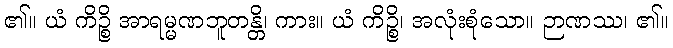
၏။ ယံ ကိဉ္စိ အာရမ္မဏဘူတန္တိ၊ ကား။ ယံ ကိဉ္စိ၊ အလုံးစုံသော။ ဉာဏဿ၊ ၏။